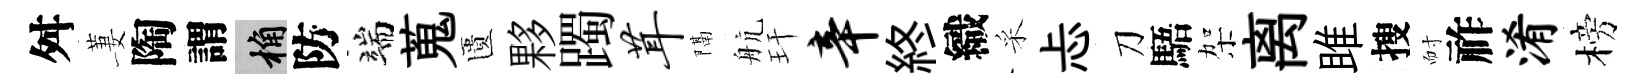
舛萋陶謂桷防端蒐匱夥躅茸隔航玕辛終織采忐刀䮏架离雎搜耐祚淆榜